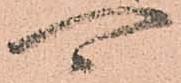
可